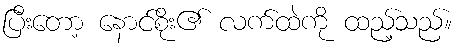
ပြီးတော့ နောင်စိုး၏ လက်ထဲကို ထည့်သည်။